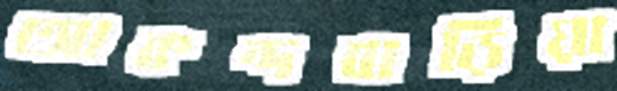
আকন্দবাড়িয়া